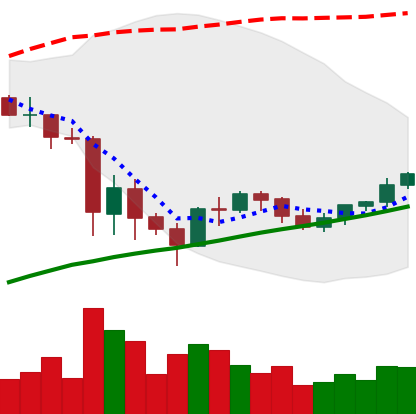
Ticker: BNB-USD
Chart end date: 2021-06-03
Forward return: -17.252%
Label: down_7plus